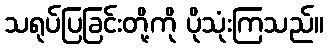
သရုပ်ပြခြင်းတို့ကို ပိုသုံးကြသည်။